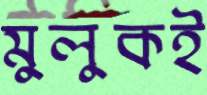
মুলুকই